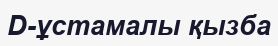
D-ұстамалы қызба